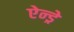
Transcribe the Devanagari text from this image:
ऐन्ड्रे